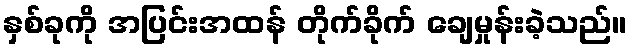
နှစ်ခုကို အပြင်းအထန် တိုက်ခိုက် ချေမှုန်းခဲ့သည်။